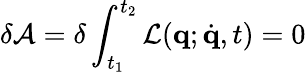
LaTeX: \delta\mathcal{A}=\delta\int_{t_{1}}^{t_{2}}\mathcal{L}(\mathbf{q};\dot{\mathbf{q}},t)=0